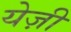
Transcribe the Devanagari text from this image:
येज़ी